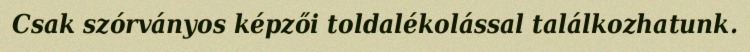
Csak szórványos képzői toldalékolással találkozhatunk.